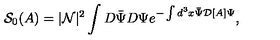
{ \mathcal S } _ { 0 } ( A ) = | { \mathcal N } | ^ { 2 } \int D \bar { \Psi } D \Psi e ^ { - \int d ^ { 3 } x \bar { \Psi } { \mathcal D } [ A ] \Psi } ,